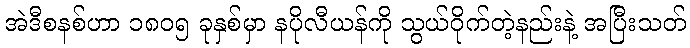
အဲဒီစနစ်ဟာ ၁၈၀၅ ခုနှစ်မှာ နပိုလီယန်ကို သွယ်ဝိုက်တဲ့နည်းနဲ့ အပြီးသတ်